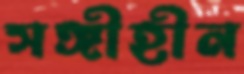
সঙ্গীহীন